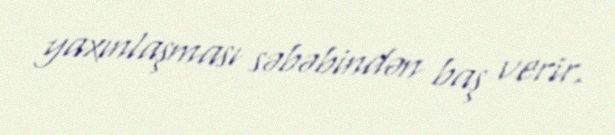
yaxınlaşması səbəbindən baş verir.